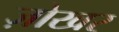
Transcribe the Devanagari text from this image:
ज़ोखर